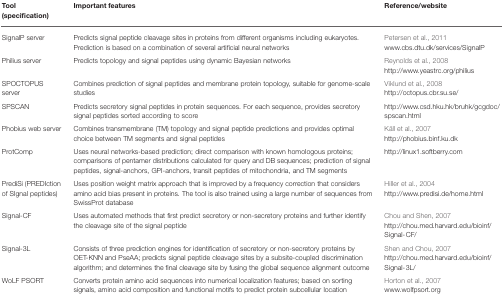
| Tool (specification) | Important features | Reference/website |
 | --- | --- | --- |
 | SignalP server | Predicts signal peptide cleavage sites in proteins from different organisms including eukaryotes. Prediction is based on a combination of several artificial neural networks | Petersen et al., 2011www.cbs.dtu.dk/services/SignalP |
 | Philius server | Predicts topology and signal peptides using dynamic Bayesian networks | Reynolds et al., 2008http://www.yeastrc.org/philius |
 | SPOCTOPUS server | Combines prediction of signal peptides and membrane protein topology, suitable for genome-scale studies | Viklund et al., 2008http://octopus.cbr.su.se/ |
 | SPSCAN | Predicts secretory signal peptides in protein sequences. For each sequence, provides secretory signal peptides sorted according to score | http://www.csd.hku.hk/bruhk/gcgdoc/spscan.html |
 | Phobius web server | Combines transmembrane (TM) topology and signal peptide predictions and provides optimal choice between TM segments and signal peptides | Käll et al., 2007http://phobius.binf.ku.dk |
 | ProtComp | Uses neural networks-based prediction; direct comparison with known homologous proteins; comparisons of pentamer distributions calculated for query and DB sequences; prediction of signal peptides, signal-anchors, GPI-anchors, transit peptides of mitochondria, and TM segments | http://linux1.softberry.com |
 | PrediSi (PREDIction of SIgnal peptides) | Uses position weight matrix approach that is improved by a frequency correction that considers amino acid bias present in proteins. The tool is also trained using a large number of sequences from SwissProt database | Hiller et al., 2004http://www.predisi.de/home.html |
 | Signal-CF | Uses automated methods that first predict secretory or non-secretory proteins and further identify the cleavage site of the signal peptide | Chou and Shen, 2007http://chou.med.harvard.edu/bioinf/Signal-CF/ |
 | Signal-3L | Consists of three prediction engines for identification of secretory or non-secretory proteins by OET-KNN and PseAA; predicts signal peptide cleavage sites by a subsite-coupled discrimination algorithm; and determines the final cleavage site by fusing the global sequence alignment outcome | Shen and Chou, 2007http://chou.med.harvard.edu/bioinf/Signal-3L/ |
 | WoLF PSORT | Converts protein amino acid sequences into numerical localization features; based on sorting signals, amino acid composition and functional motifs to predict protein subcellular location | Horton et al., 2007www.wolfpsort.org |